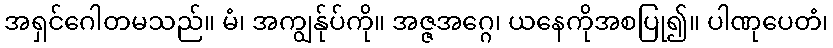
အရှင်ဂေါတမသည်။ မံ၊ အကျွန်ုပ်ကို။ အဇ္ဇအဂ္ဂေ၊ ယနေကိုအစပြု၍။ ပါဏုပေတံ၊